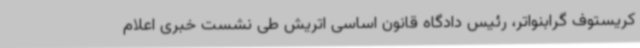
کریستوف گرابنواتر، رئیس دادگاه قانون اساسی اتریش طی نشست خبری اعلام